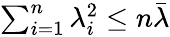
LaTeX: \begin{array}{r}{\sum_{i=1}^{n}\lambda_{i}^{2}\le n\bar{\lambda}}\end{array}